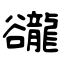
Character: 豅